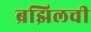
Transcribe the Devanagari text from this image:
ब्रझिलची